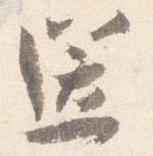
送